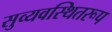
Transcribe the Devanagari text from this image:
सुव्यवस्थितरूप